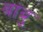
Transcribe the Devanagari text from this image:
बांबु